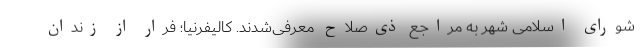
شورای اسلامی شهر به مراجع ذی‌صلاح معرفی‌شدند. کالیفرنیا؛ فرار از زندان